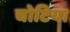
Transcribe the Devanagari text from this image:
चोटिया